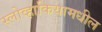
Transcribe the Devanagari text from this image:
स्लोव्हाकियामधील